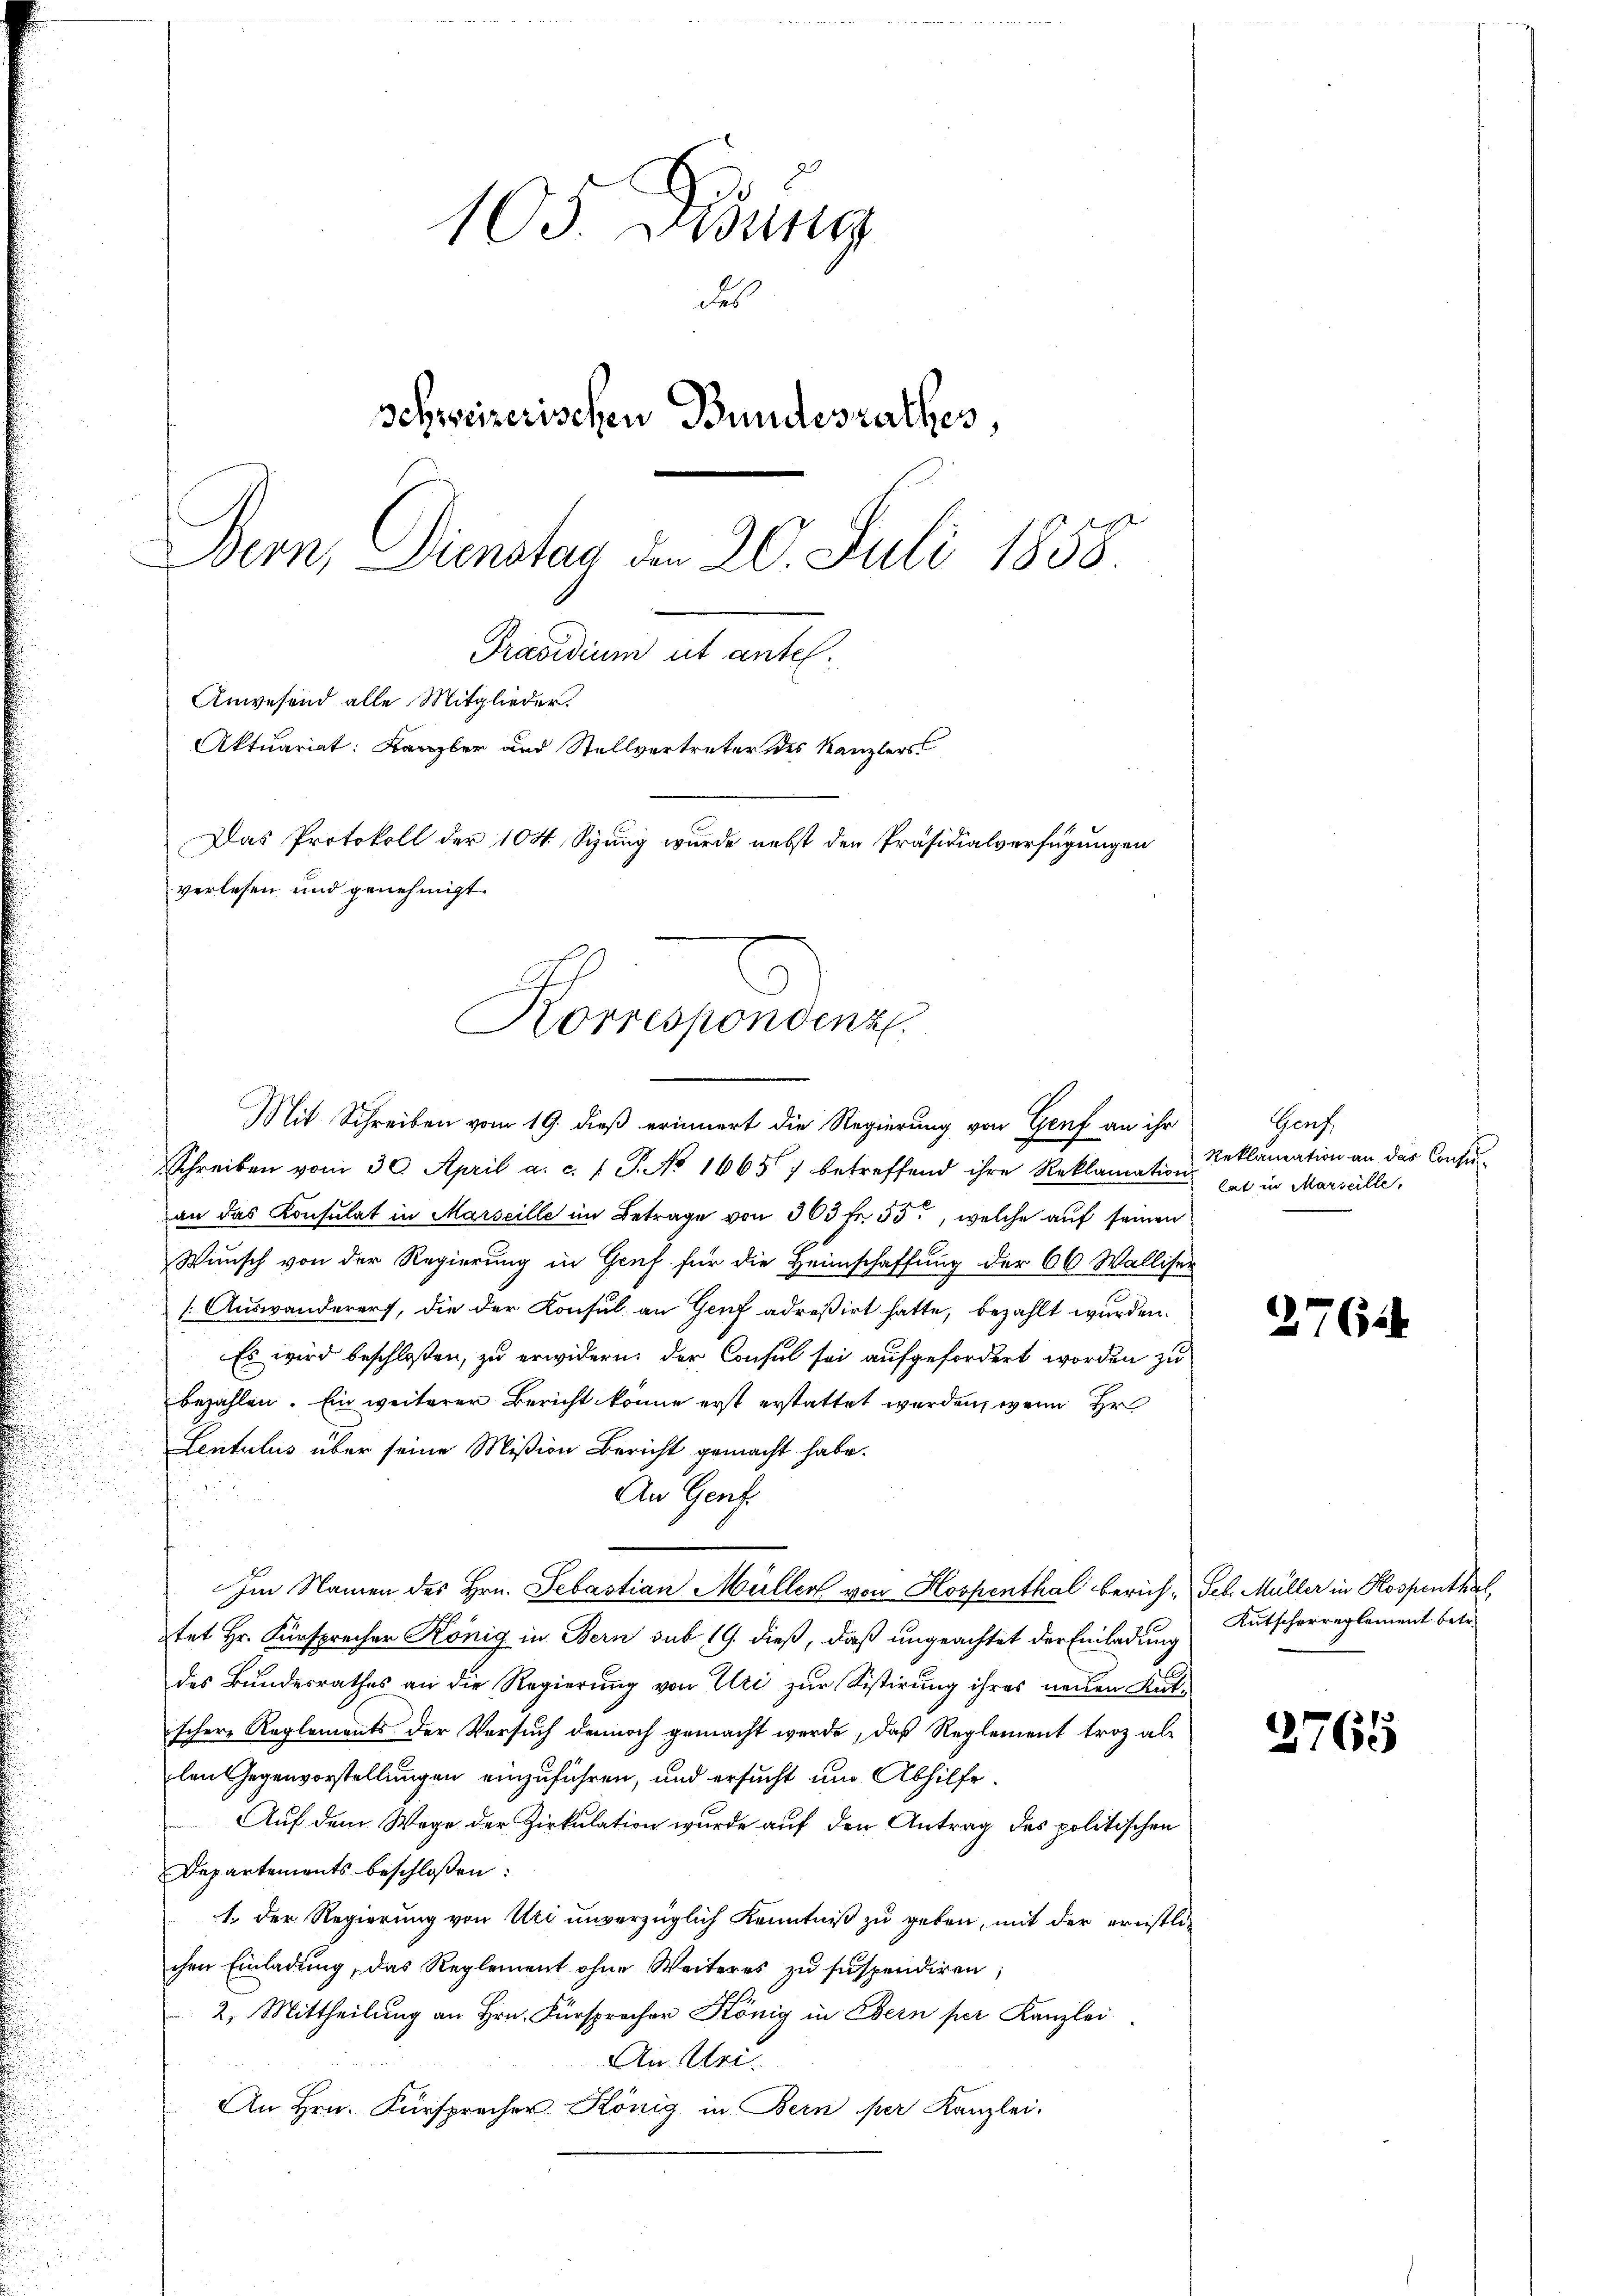
Korrespondenz

105. Dedung
des
schweizerischen Bundesrathes,
Bern, Dienstan den 20. Juli 1858.
Präsidium ut antel.
Anwesend alle Mitglieder.
Aktuariat: Kanzler und Stellvertreter des Kanzlers
Das Protokoll der 104. Syung wurde nebst den Präsidialverfügungen
verlesen und genehmigt.

Mit Schreiben vom 19. dieß erinnert die Regierung von Genf an ihr
Schreiben vom 30. April a. c. l. J. No 1665) betreffend ihre Reklamation
an das Konsulat in Marseille im Betrage von 303 fr. 55, welche auf seinen
Wunsch von der Regierung in Gruf für die Heimschaffung der 66 Walliser
 Auswanderers, die der Konsul an Genf adreßirt hatte, bezahlt wurden.
Es wird beschloßen, zu erwidern, der Consul sei aufgefordert worden zu
bezahlen. Ein weiterer Bericht könne erst erstattet werden, wenn Hrn
Lentulus über seine Mißion Bericht gemacht habe.
An Genf
Im Namen des Hrn. Sebastian Müller von Hospenthal berich-Feb. Müller in Kospenthal
tet Hr. Fürsprecher König in Bern sub 19. dieß, daß ungeachtet der Einladung
des Bundesrathes an die Regierung von Uri zur Sistirung ihres neuen Kutschere Reglements der Versuch dennoch gemacht werde, daß Reglement troz ablen Gegenvorstellungen einzuführen, und ersucht um Abhilfe.
Auf dem Wege der Zirkulation wurde auf den Antrag des politischen
Departements beschloßen:
1. Der Regierung von Uri unverzüglich Kenntniß zu geben, mit der ernstlichen Einladung, das Reglement ohne Weiteres zu suspendiren;
2. Mittheilung an Hrn. Fürspracher König in Bern per Kanzlei
An Mei¬
An Hrn. Fürsprecher König in Bern per Kanzlei-

Genf.
Reklamation an das Consu
lat in Marseille,

2764

2765

Kutscherreglement betr.